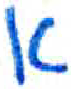
אות: א